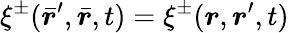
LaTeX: \xi^{\pm}(\bar{\boldsymbol{r}}^{\prime},\bar{\boldsymbol{r}},t)=\xi^{\pm}(\boldsymbol{r},\boldsymbol{r}^{\prime},t)